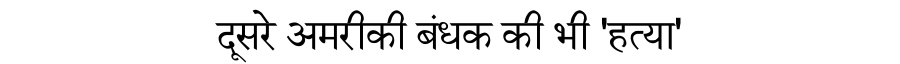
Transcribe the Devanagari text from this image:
दूसरे अमरीकी बंधक की भी 'हत्या'